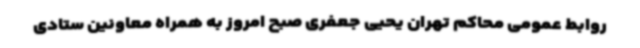
روابط عمومی محاکم تهران یحیی جعفری صبح امروز به همراه معاونین ستادی